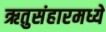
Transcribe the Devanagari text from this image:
ऋतुसंहारमध्ये